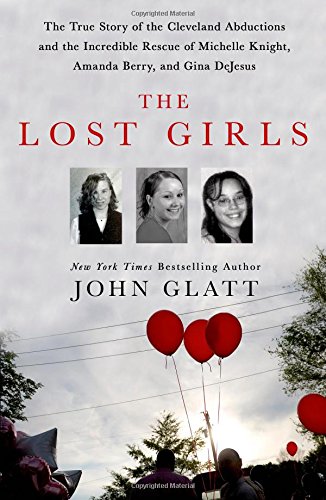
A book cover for The Lost Girls: The True Story of the Cleveland Abductions and the Incredible Rescue of Michelle Knight, Amanda Berry, and Gina DeJesus; John Glatt; Biographies & Memoirs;